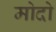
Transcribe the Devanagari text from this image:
मोदो